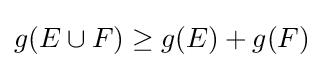
g(E\cup F)\geq g(E)+g(F)